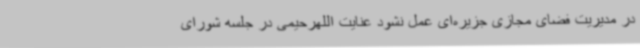
در مدیریت فضای مجازی جزیره‌ای عمل نشود عنایت اللهرحیمی در جلسه شورای